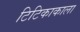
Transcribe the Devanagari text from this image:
टिटिकाकाला